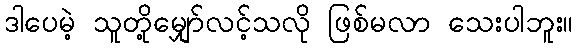
ဒါပေမဲ့ သူတို့မျှော်လင့်သလို ဖြစ်မလာ သေးပါဘူး။